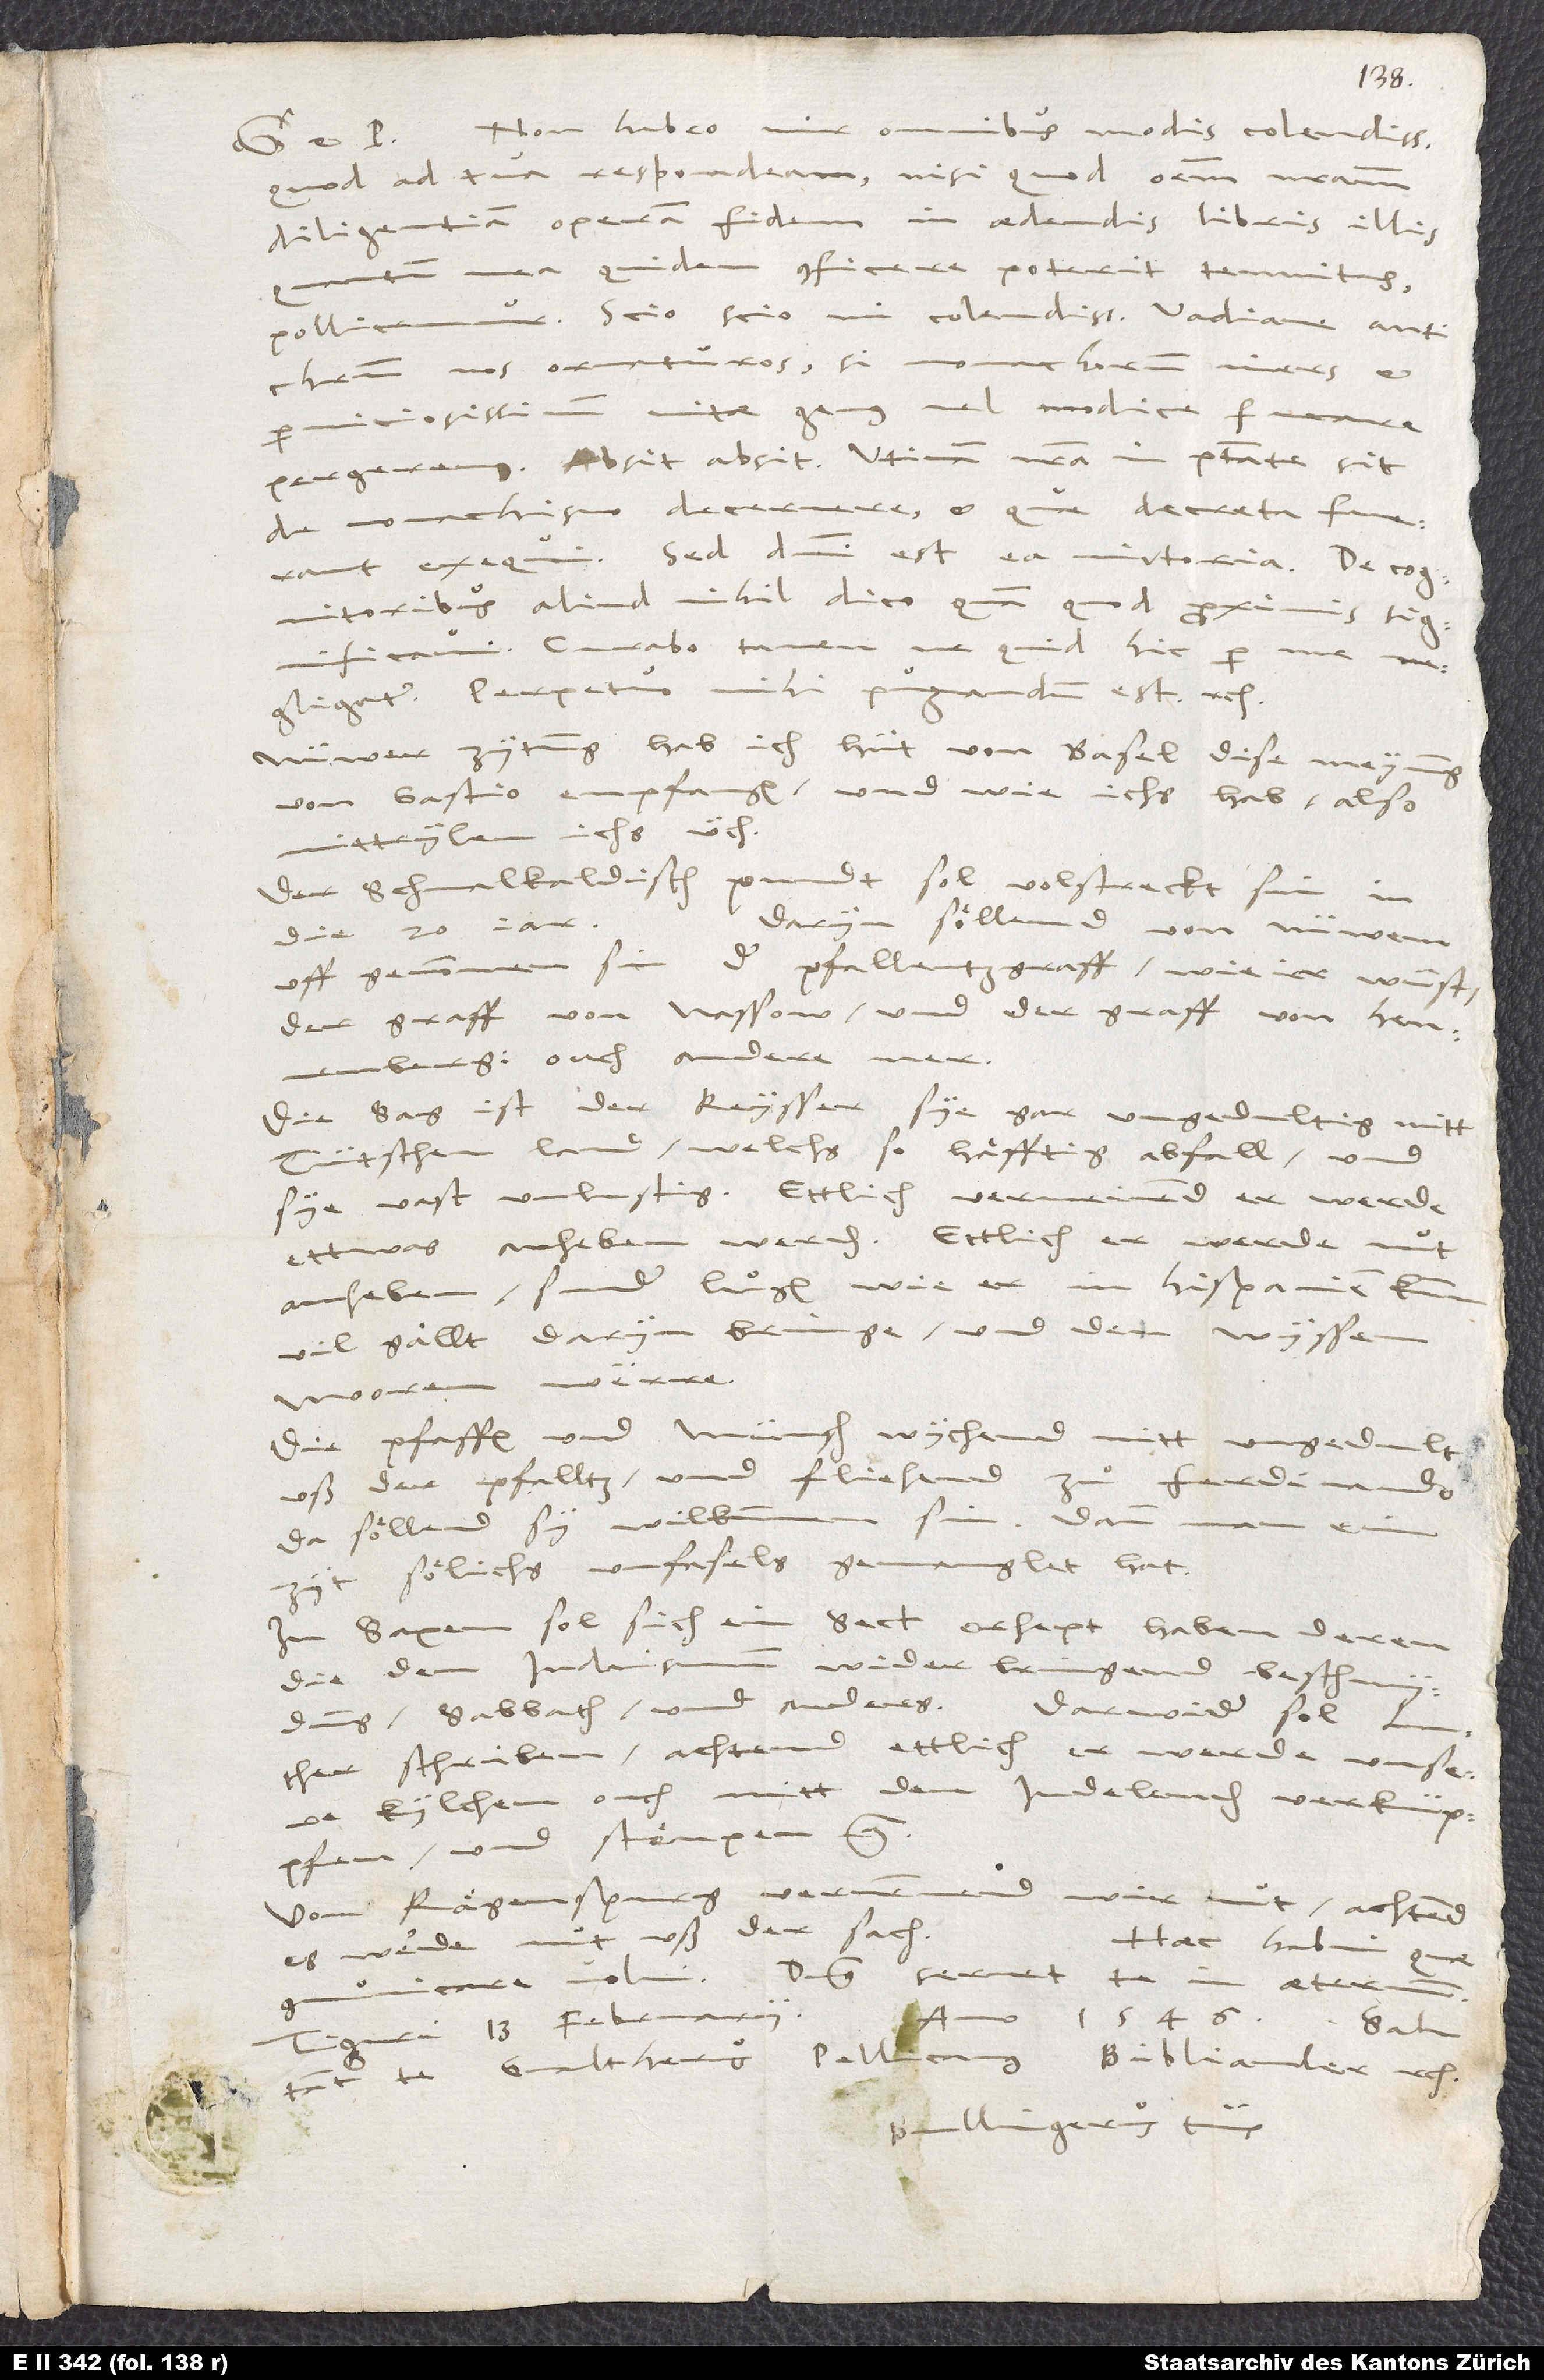
Non habeo, vir omnibus modis colendissime,
quod ad tua respondeam, nisi quod omnem nostram
diligentiam, operam, fidem in aedendis libris illis,
mea quidem conficere poterit tenuitas,
pollicemur. Scio, scio, mi colendissime Vadiane, Antichristum
nos ornaturos, si monachorum vires et
perniciosissimum vitae genus vel modice fucare
pergeremus. Absit, absit. Utinam nostra in potestate sit,
de monachismo decernere et, quae decreta fuerant,
exequi! Sed domini est ea victoria. De cognitoribus
aliud nihil dico, quam quod proximis significavi;
curabo tamen, ne quid hic per me
negligatur. Perpetuo mihi pugnandum est, etc.
Nüwer zytung hab ich hüt von Basel dise meynung
von Gastio empfangen, und wie ichs hab, also
mitteylen ichs üch:
Der schmalkaldisch pundt sol volstreckt sin in
Daryn söllend von nüwem
die 20 jar.
uffgenommen sin der pfallentzgraff, wie ir wüst,
der graff von Nassow und der graff von Hennenberg,
ouch andere mer.
Die sag ist, der keysser sye gar ungedultig mitt
Tütschenland, welchs so häfftig abfall, und
sye vast unlustig. Ettlich vermeinend, er werde
ettwas anheben werden; ettlich, er werde nut
anheben, sunder luͦgen, wie er in Hispanien kumm,
vil gällt daryn bringe und den wyssen
mooren werre.
Die pfaffen und münch wychend mitt
ungedult
uß der pfalltz und fliehend
zuͦ Ferdinando.
Da söllend sy wilkummen sin; dan man ein
zyt sölichs unfasels gemanglet hat.
In Saxen sol sich ein sect erhept haben deren,
die den Iudaismum wider bringend: beschnydung,
sabbath und anderes. Darwider sol Luther
schriben. Achtend ettlich, er werde unsere
kylchen ouch mitt den Judeleuden verknüppfen
und stöupen, etc.
Von Rägenspurg vernemmend wir nut; achtend,
es werde nut uß der sach.
Haec habui, quae
communicare volui. Dominus servet te in aeternum.
d.
anno 1546.
Tiguri, 13. februarii,
te Gvaltherus, Pellicanus, Bibliander, etc.
Bullingerus tuus.